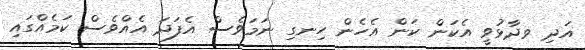
އަދި ވދާޅުވީ އެކަން ކަން އެހެން ހިނގި ނަމަވެސް އެފަދަ އެއްވެސް ކަމެއްގައި